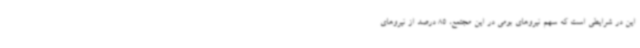
این در شرایطی است که سهم نیروهای بومی در این مجتمع، 85 درصد از نیروهای